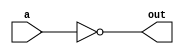
`timescale 1ns / 1ps

module not_gate(a, out); 
input a;
output out;

assign out = ~ a; 
endmodule